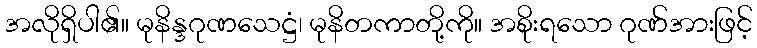
အလိုရှိပါ၏။ မုနိန္ဒဂုဏသေဋ္ဌံ၊ မုနိတကာတို့ကို။ အစိုးရသော ဂုဏ်အားဖြင့်